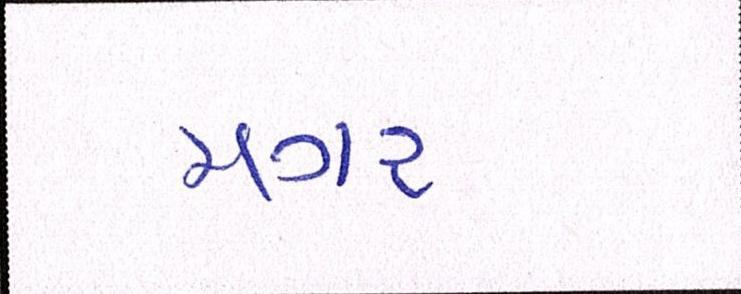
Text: મગર